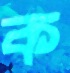
ক